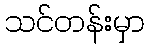
သင်တန်းမှာ